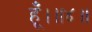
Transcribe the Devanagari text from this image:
हूँ।॥४॥